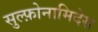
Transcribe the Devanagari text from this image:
सुल्फ़ोनामिदेस